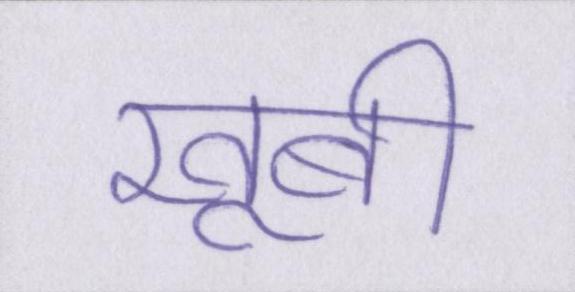
खूबी